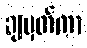
ချမှတ်ကာ